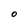
Character: O